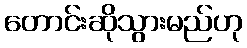
တောင်းဆိုသွားမည်ဟု